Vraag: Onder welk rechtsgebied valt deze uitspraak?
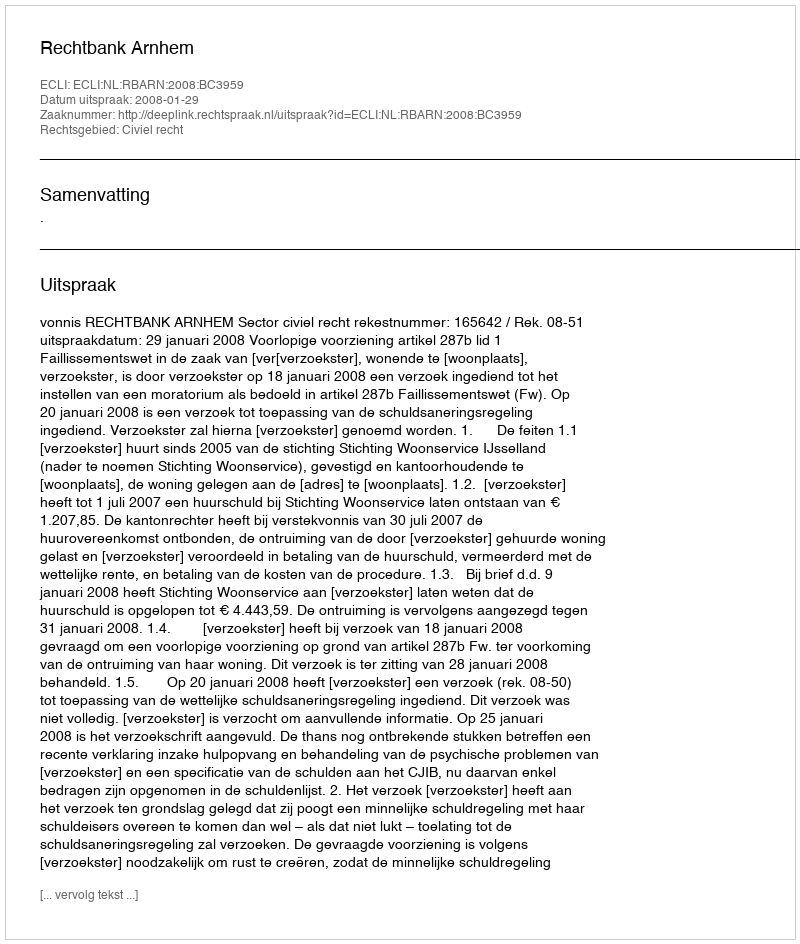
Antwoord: Civiel recht